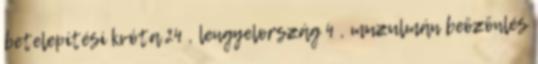
betelepítési kvóta 24 , lengyelország 4 , muzulmán beözönlés